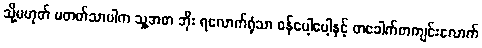
သို့မဟုတ် မတတ်သာပါက သူ့အစာ ဘိုး ရလောက်ရုံသာ ဝန်ပေါ့ပေါ့နှင့် တခေါက်တကျင်းလောက်